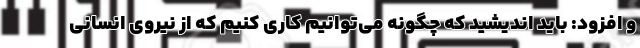
و افزود: باید اندیشید که چگونه می‌توانیم کاری کنیم که از نیروی انسانی